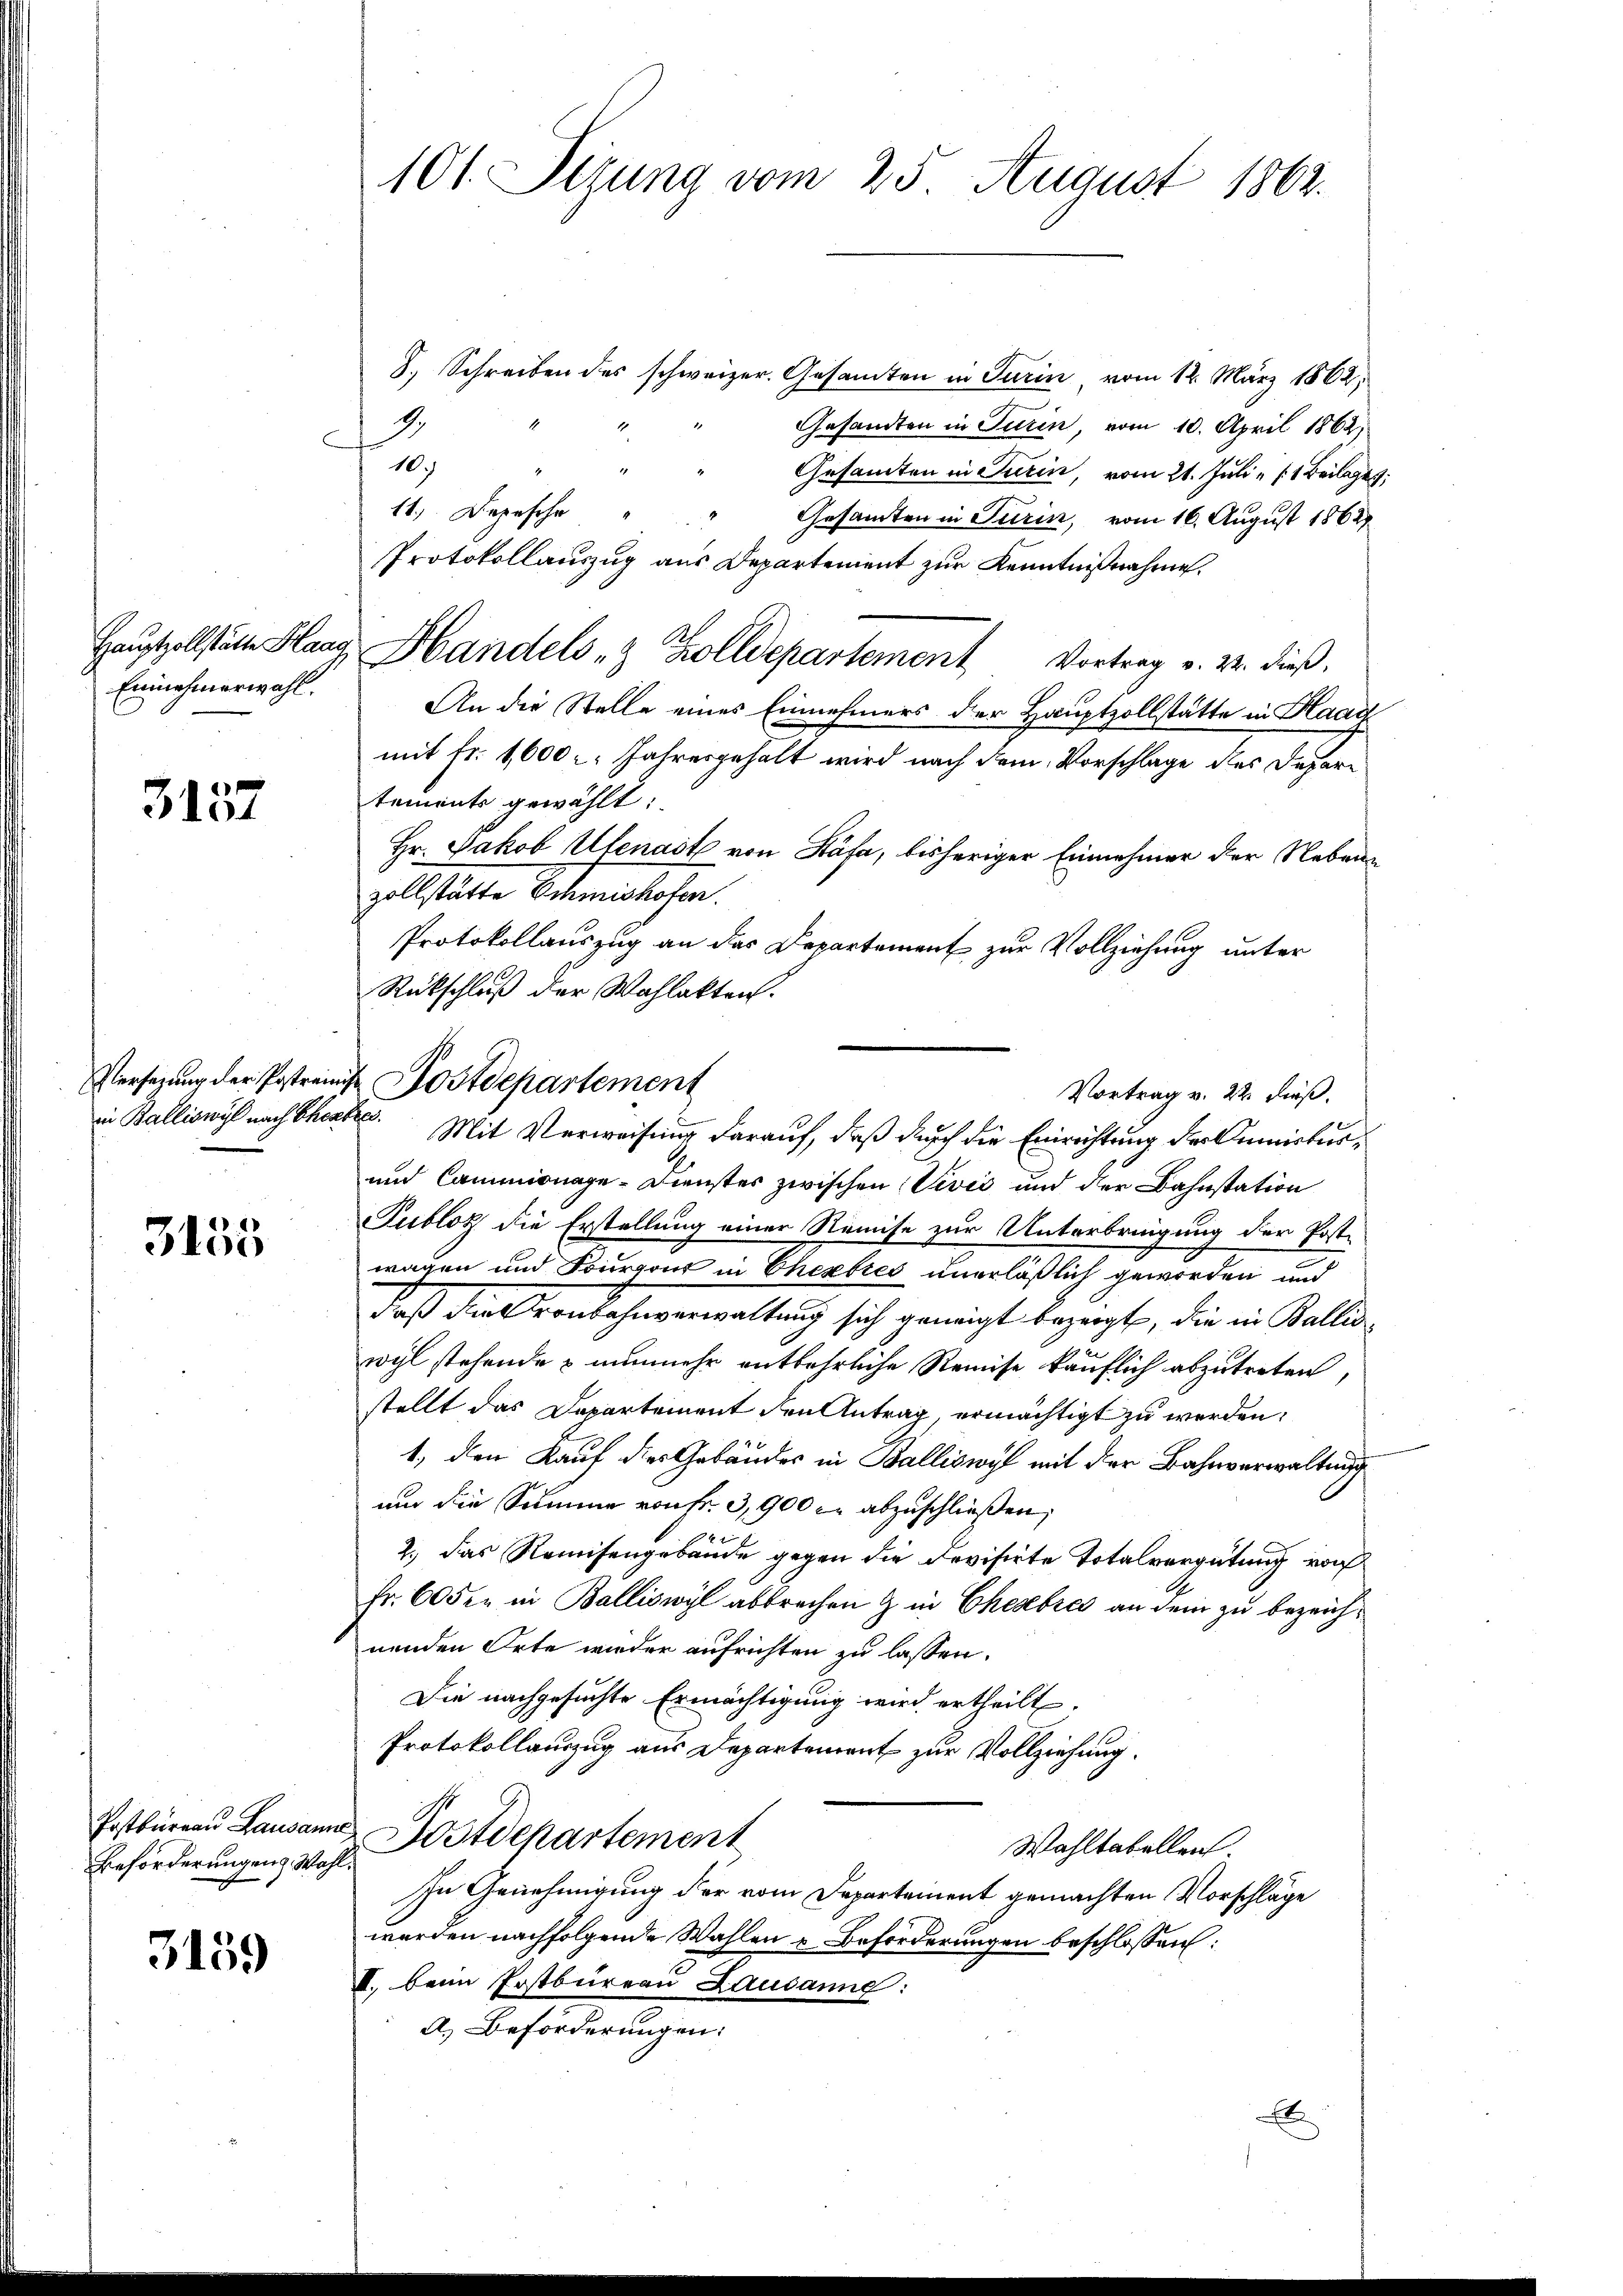
Hauptzollstätte Haar
Einnehmerwahl.

3157

3155

Postbureau Lausann
Beförderungens Wahl

3159

101. Sizung vom 25. August 1862.

Versezung der Postreine Postdepartement
Vortrag v. 22. dieß.
in Balliswyl nach Theater. Mit Verweisung darauf, daß durch die Einrichtung der uniekur¬

8. Schreiben des schweizer. Gesamten in Turin, vom 12. März 1862,
Gesandten in Turin, vom 10. April 1862,
1
10.)
Gesamten in Turin, vom 21. Juli "    Beilage
11. Depesche
Gesamten in Turin, vom 16. August 1862
Protokollauszug aus Departement zur Kenntnißnahme.
u Handels- & Zolldepartement Vortrag v. 2. dieß,
An die Stelle eines Einnehmers der Hauptzollstätte in Haag
mit Fr. 1600. Jahresgehalt wird nach dem Vorschlage des Departements gewählt:
Hr. Jakob Ufenast von Kása, bisheriger Einnehmer der Nebens
zollstätte Schmishofen.
Protokollauszug an das Departement zur Vollziehung unter
Rückschluß der Wahlakten.
und Cammionage-Dienster zwischen Vević und der Bahnstation
Tubloz die Erstellung einer Remise zur Unterbringung der Poste
wagen und Fourgout in Cherbres unerläßlich geworden und
daß die Kronbahnverwaltung sich geneigt bezeigt, die in Walliswyl stehende & nunmehr entbehrliche Remise käuflich abzutreten,
stellt das Departement den Antrag, ermächtigt zu werden,
1, den Kauf des Gebäudes in Balliswyl mit der Bahnverwaltung
nur die Summe von Fr. 3,900 r. abzuschließen,
2.) Das Reisengebäude gegen die Devisirte Totalvergütung vor
Fr. 60 der in Balliswyl abbrechen & in Chesebres an dem zu bezeichnenden Orte wieder aufrichten zu lassen.
Die nachgesuchte Ermächtigung wird ertheilt.
Protokollauszug aus Departement zur Vollziehung.
u Postdepartement
Wahltabellen.
In Genehmigung der vom Departement gemachten Vorschläge
werden nachfolgende Wahlen u Beförderungen beschlossen:
I. beim Postbureau Lausanne:
A.) Beförderungen:
E